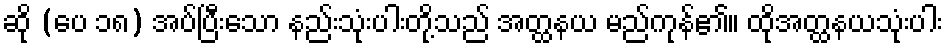
ဆို (ပေ ၁၈) အပ်ပြီးသော နည်းသုံးပါးတို့သည် အတ္ထနယ မည်ကုန်၏။ ထိုအတ္ထနယသုံးပါး